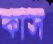
কাস